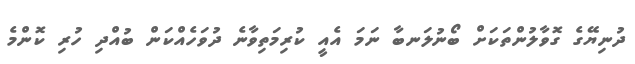
ދުނިޔޭގެ ގޮވާލުންތަކަށް ބޯނުލަނބާ ނަމަ އެއީ ކުރިމަތިވާނެ ދުވަހެއްކަން ބުއްދި ހުރި ކޮންމެ